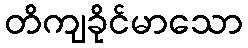
တိကျခိုင်မာသော